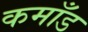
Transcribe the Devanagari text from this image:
कमाँड